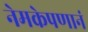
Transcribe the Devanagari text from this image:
नेमकेपणानं